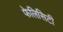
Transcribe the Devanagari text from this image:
फेलिसिटी